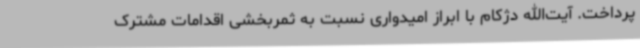
پرداخت. آیت‌الله دژکام با ابراز امیدواری نسبت به ثمربخشی اقدامات مشترک